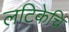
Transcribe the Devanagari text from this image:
लटिकेचि